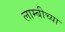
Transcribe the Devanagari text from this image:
लाम्बीच्या